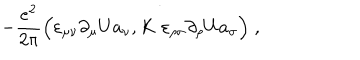
LaTeX: - \frac { e ^ { 2 } } { 2 \pi } \Big ( \varepsilon _ { \mu \nu } \partial _ { \mu } U a _ { \nu } , K \; \varepsilon _ { \rho \sigma } \partial _ { \rho } U a _ { \sigma } \Big ) \; ,